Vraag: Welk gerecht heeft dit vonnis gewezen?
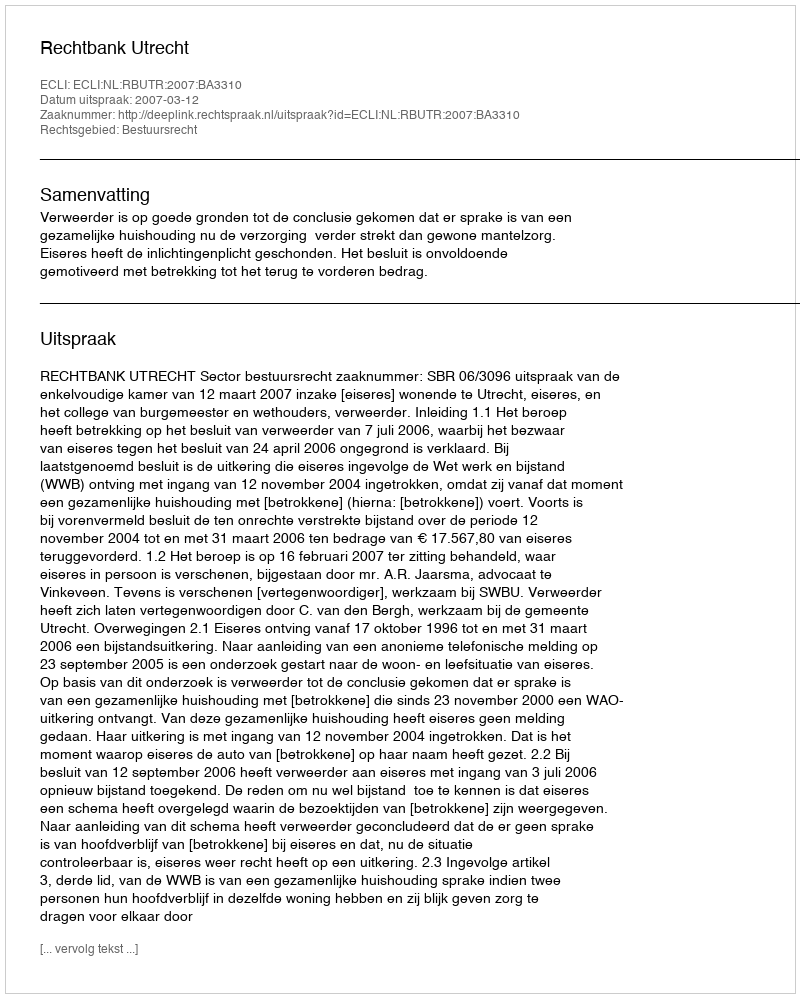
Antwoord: Rechtbank Utrecht